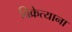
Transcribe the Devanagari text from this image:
विक्रेत्याना